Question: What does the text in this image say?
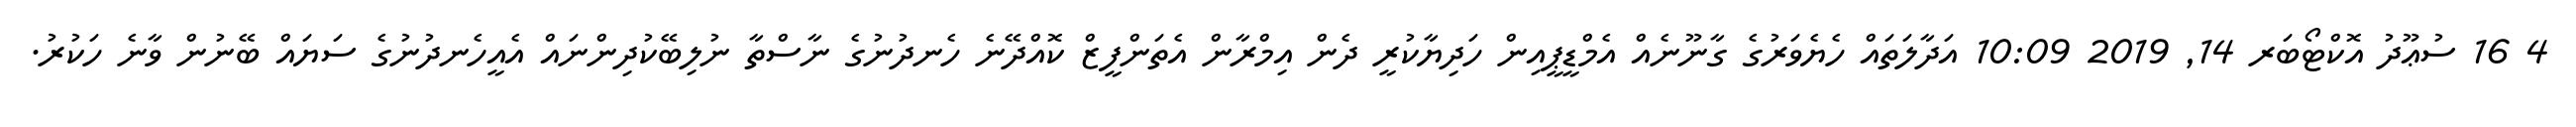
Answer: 4 16 ސުޢޫދު އޮކްޓޯބަރ 14, 2019 10:09 އަދާލަތައް ހެޔެވަރުގެ ގާނޫނެއް އެމްޑީޕީއިން ހަދިޔާކުރީ ދެން އިމްރާން އެތަންފީޒް ކޮއްދޭނެ ހެނދުނުގެ ނާސްތާ ނުލިބޭކުދިންނައް އެއީހެނދުނުގެ ސަޔައް ބޭނުން ވާނެ ހަކުރު.